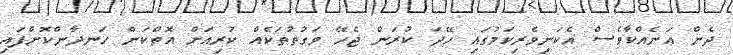
ދެން އަނެއްކާވެސް އެކަނިވެރިކަމުގައި ހޭދަ ކުރަން ޖެހޭ ވަގުތުތަކެއް ކުރިއަށް އޮތްކަން ހަނދާންކޮށްފައި